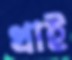
খাই